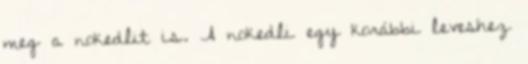
meg a nokedlit is. A nokedli egy korábbi leveshez